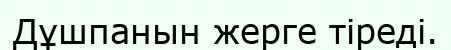
Дұшпанын жерге тіреді.